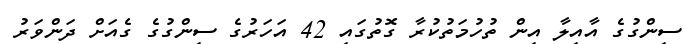
ސިންގުގެ އާއިލާ އިން ތުހުމަތުކުރާ ގޮތުގައި 42 އަހަރުގެ ސިންގުގެ ގެއަށް ދަންވަރު